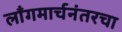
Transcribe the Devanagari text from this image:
लाँगमार्चनंतरचा